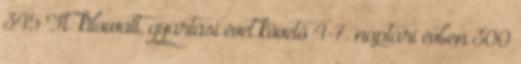
345 Ft kilowatt, gyártási évet követő 4-7. naptári évben 300